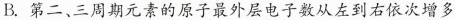
B.第二、三周期元素的原子最外层电子数从左到右依次增多